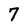
Character: 7